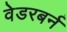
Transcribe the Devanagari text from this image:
वेडरबर्न